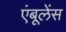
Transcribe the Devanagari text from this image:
एंबूलेंस